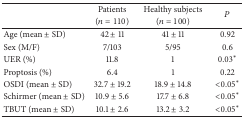
<table><thead><tr><td rowspan="2">[EMPTY_CELL]</td><td><b>Patients</b></td><td><b>Healthy subjects</b></td><td rowspan="2"><b><i>P</i></b></td></tr><tr><td><b>(<i>n</i> = 110)</b></td><td><b>(<i>n</i> = 100)</b></td></tr></thead><tbody><tr><td>Age (mean ± SD)</td><td>42 ± 11</td><td>41 ± 11</td><td>0.92</td></tr><tr><td>Sex (M/F)</td><td>7/103</td><td>5/95</td><td>0.6</td></tr><tr><td>UER (%)</td><td>11.8</td><td>1</td><td>0.03<sup>*</sup></td></tr><tr><td>Proptosis (%)</td><td>6.4</td><td>1</td><td>0.22</td></tr><tr><td>OSDI (mean ± SD)</td><td>32.7 ± 19.2</td><td>18.9 ± 14.8</td><td>&lt;0.05<sup>*</sup></td></tr><tr><td>Schirmer (mean ± SD)</td><td>10.9 ± 5.6</td><td>17.7 ± 6.8</td><td>&lt;0.05<sup>*</sup></td></tr><tr><td>TBUT (mean ± SD)</td><td>10.1 ± 2.6</td><td>13.2 ± 3.2</td><td>&lt;0.05<sup>*</sup></td></tr></tbody></table>